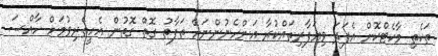
ތަކެތި މާކެޓްކޮށް އެފަދަ ވިޔަފާރިތައްކުރާ އަންހެނުންނަށް ތަފާތު ގޮތް ގޮތުން އެހީތެރިވުމަށް ހާއްސަ